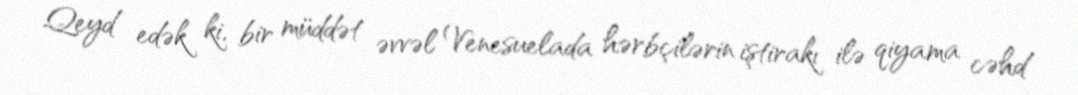
Qeyd edək ki, bir müddət əvvəl Venesuelada hərbçilərin iştirakı ilə qiyama cəhd